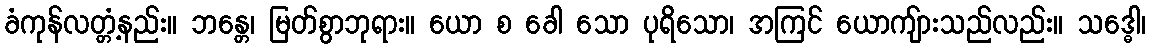
ခံကုန်လတ္တံ့နည်း။ ဘန္တေ၊ မြတ်စွာဘုရား။ ယော စ ခေါ သော ပုရိသော၊ အကြင် ယောကျ်ားသည်လည်း။ သဒ္ဓေါ၊